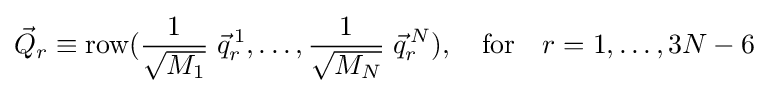
{\vec {Q}}_{r}\equiv \operatorname {row} ({\frac {1}{\sqrt {M_{1}}}}\;{\vec {q}}_{r}^{\,1},\ldots ,{\frac {1}{\sqrt {M_{N}}}}\;{\vec {q}}_{r}^{\,N}),\quad \mathrm {for} \quad r=1,\ldots ,3N-6